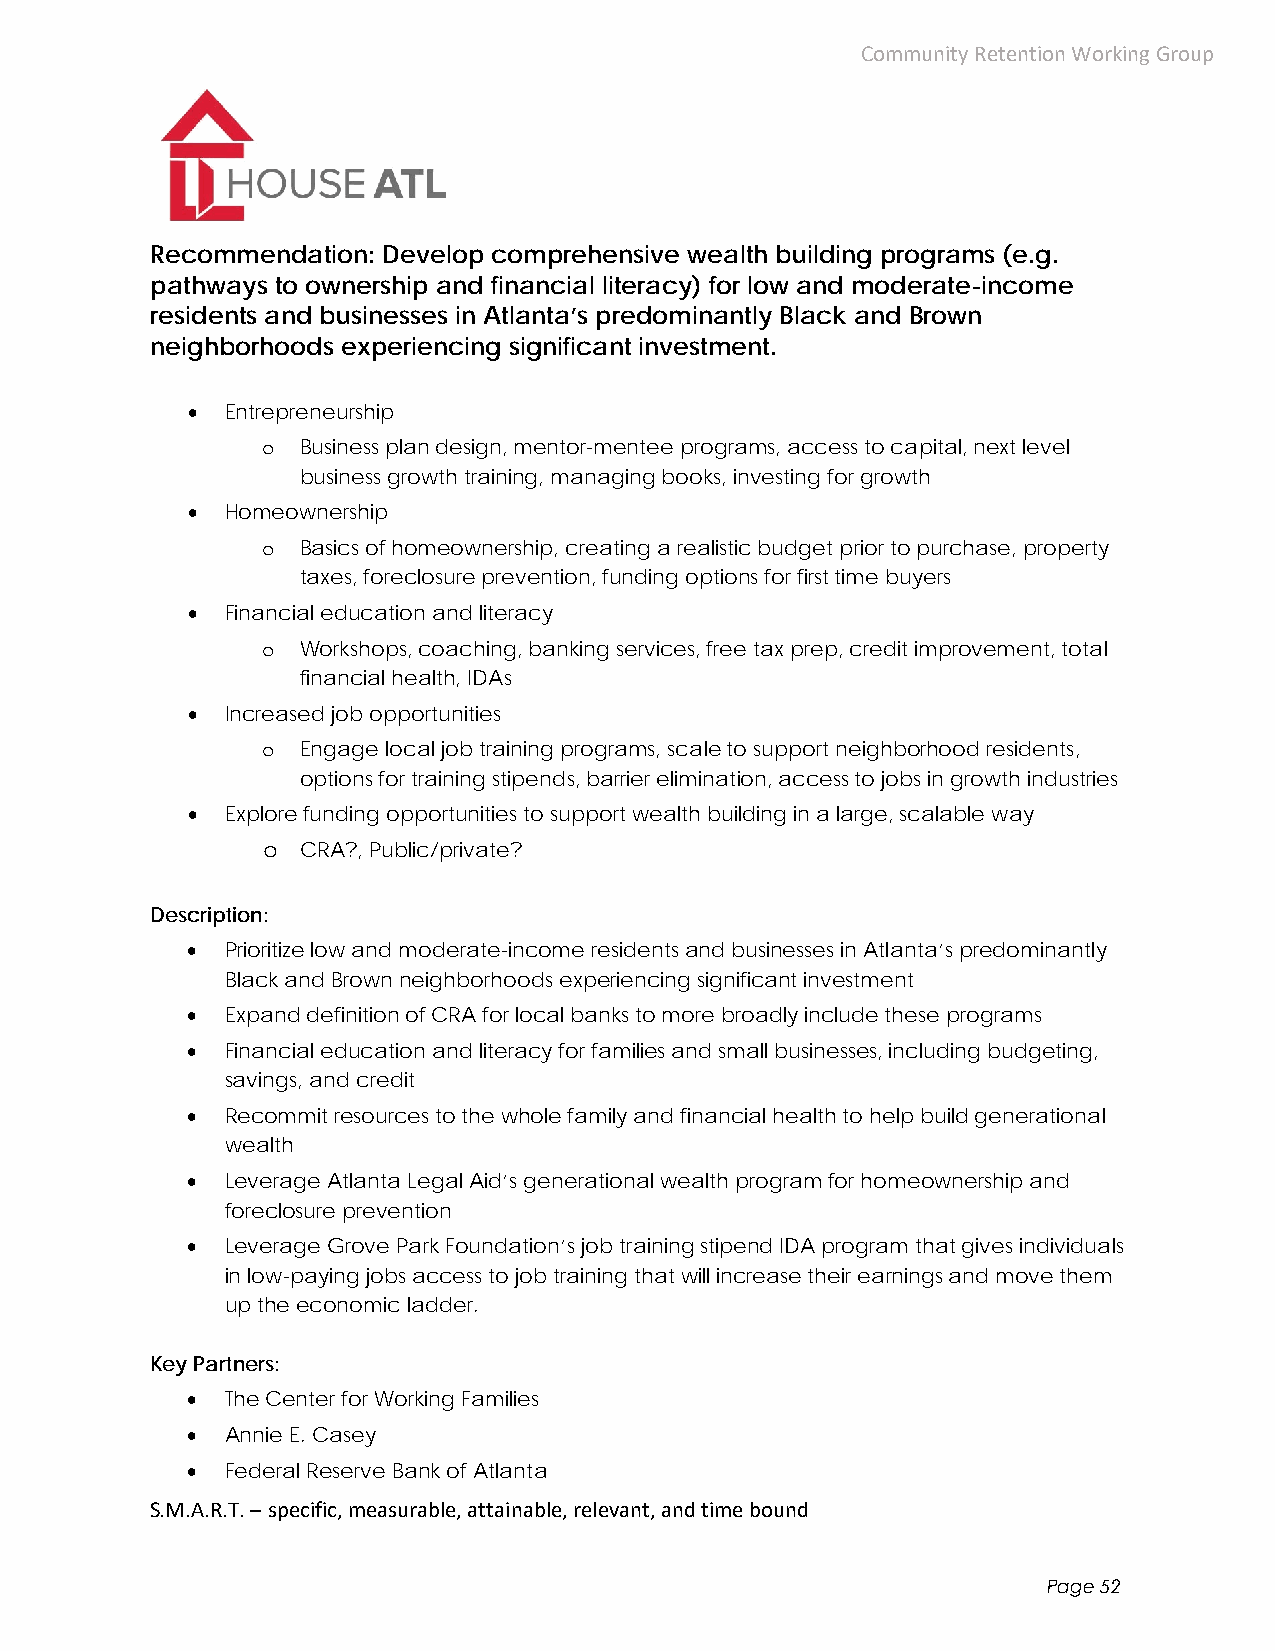
Community Retention Working Group
 Recommendation: Develop comprehensive wealth building programs (e.g.
 pathways to ownership and financial literacy) for low and moderate-income
 residents and businesses in Atlanta’s predominantly Black and Brown
 neighborhoods experiencing significant investment.
   Entrepreneurship
 o  Business plan design, mentor-mentee programs, access to capital, next level
 business growth training, managing books, investing for growth
   Homeownership
 o  Basics of homeownership, creating a realistic budget prior to purchase, property
 taxes, foreclosure prevention, funding options for first time buyers
   Financial education and literacy
 o  Workshops, coaching, banking services, free tax prep, credit improvement, total
 financial health, IDAs
   Increased job opportunities
 o  Engage local job training programs, scale to support neighborhood residents,
 options for training stipends, barrier elimination, access to jobs in growth industries
   Explore funding opportunities to support wealth building in a large, scalable way
 o  CRA?, Public/private?
 Description:
   Prioritize low and moderate-income residents and businesses in Atlanta’s predominantly
 Black and Brown neighborhoods experiencing significant investment
   Expand definition of CRA for local banks to more broadly include these programs
   Financial education and literacy for families and small businesses, including budgeting,
 savings, and credit
   Recommit resources to the whole family and financial health to help build generational
 wealth
   Leverage Atlanta Legal Aid’s generational wealth program for homeownership and
 foreclosure prevention
   Leverage Grove Park Foundation’s job training stipend IDA program that gives individuals
 in low-paying jobs access to job training that will increase their earnings and move them
 up the economic ladder.
 Key Partners:
   The Center for Working Families
   Annie E. Casey
   Federal Reserve Bank of Atlanta
 S.M.A.R.T. – specific, measurable, attainable, relevant, and time bound
 Page 52